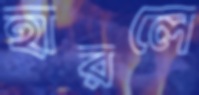
হারলে